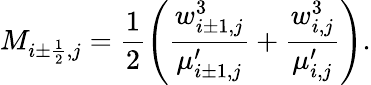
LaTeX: M_{i\pm\frac{1}{2},j}=\frac{1}{2}\left(\frac{w_{i\pm 1,j}^{3}}{\mu_{i\pm 1,j}^{\prime}}+\frac{w_{i,j}^{3}}{\mu_{i,j}^{\prime}}\right).